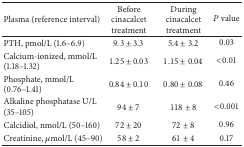
<table><thead><tr><td><b>Plasma (reference interval)</b></td><td><b>Before cinacalcet treatment</b></td><td><b>During cinacalcet treatment</b></td><td><b><i>P</i> value</b></td></tr></thead><tbody><tr><td>PTH, pmol/L (1.6–6.9)</td><td>9.3 ± 3.3</td><td>5.4 ± 3.2</td><td>0.03</td></tr><tr><td>Calcium-ionized, mmol/L (1.18–1.32)</td><td>1.25 ± 0.03</td><td>1.15 ± 0.04</td><td>&lt;0.01</td></tr><tr><td>Phosphate, mmol/L (0.76–1.41)</td><td>0.84 ± 0.10</td><td>0.80 ± 0.08</td><td>0.46</td></tr><tr><td>Alkaline phosphatase U/L (35–105)</td><td>94 ± 7</td><td>118 ± 8</td><td>&lt;0.001</td></tr><tr><td>Calcidiol, nmol/L (50–160)</td><td>72 ± 20</td><td>72 ± 8</td><td>0.96</td></tr><tr><td>Creatinine, <i>μ</i>mol/L (45–90)</td><td>58 ± 2</td><td>61 ± 4</td><td>0.17</td></tr></tbody></table>